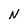
Character: N